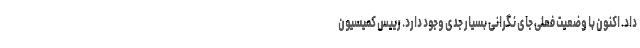
داد. اکنون با وضعیت فعلی جای نگرانی بسیار جدی وجود دارد. رییس کمیسیون